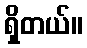
ရှိတယ်။